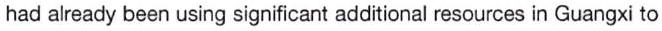
had already been using significant additional resources in Guangxi to